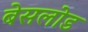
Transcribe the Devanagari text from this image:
बेसलोड